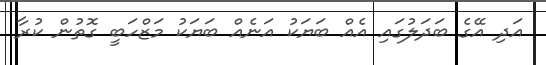
އަދި އޭގެ ބަދަލުގައި އެއް ބަޔަކު އަނެއް ބަޔަކު މަޒްހަބީ ގޮތުން ކުރާ